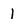
Character: 1